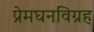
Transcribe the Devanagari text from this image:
प्रेमघनविग्रह